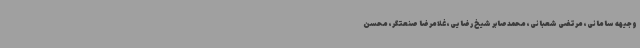
وجیهه سامانی، مرتضی شعبانی، محمدصابر شیخ رضایی، غلامرضا صنعتگر، محسن